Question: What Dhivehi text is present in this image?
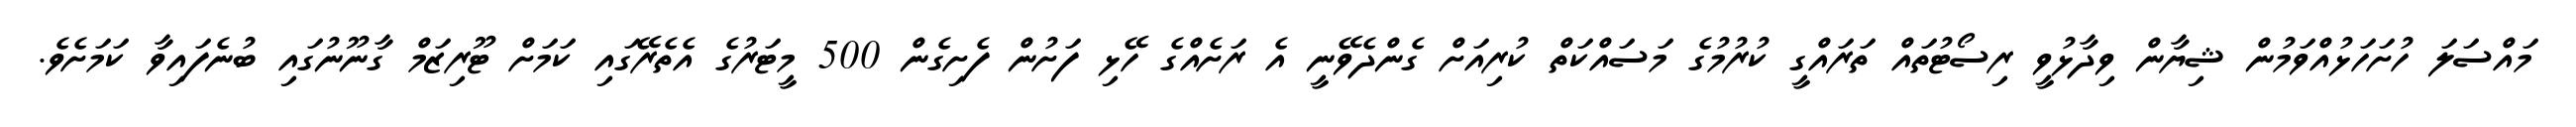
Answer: މައްސަލަ ހުށަހަޅުއްވަމުން ޝިޔާން ވިދާޅުވީ ރިސޯޓުތައް ތަރައްގީ ކުރުމުގެ މަސައްކަތް ކުރިއަށް ގެންދެވޭނީ އެ ރަށެއްގެ ހޭޅި ފަށުން ފެށިގެން 500 މީޓަރުގެ އެތެރޭގައި ކަމަށް ޓޫރިޒަމް ގާނޫނުގައި ބުނެފައިވާ ކަމަށެވެ.